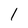
Character: 1